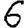
Digit: 6